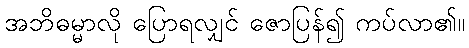
အဘိဓမ္မာလို ပြောရလျှင် ဇောပြန်၍ ကပ်လာ၏။